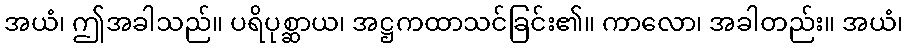
အယံ၊ ဤအခါသည်။ ပရိပုစ္ဆာယ၊ အဋ္ဌကထာသင်ခြင်း၏။ ကာလော၊ အခါတည်း။ အယံ၊